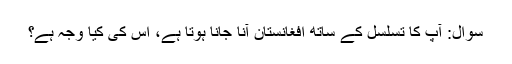
سوال: آپ کا تسلسل کے ساتھ افغانستان آنا جانا ہوتا ہے، اس کی کیا وجہ ہے؟